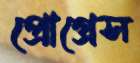
প্রোগ্রেস